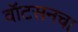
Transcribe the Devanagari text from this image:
वॉटसनचा